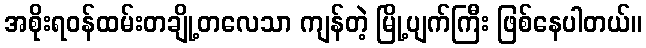
အစိုးရဝန်ထမ်းတချို့တလေသာ ကျန်တဲ့ မြို့ပျက်ကြီး ဖြစ်နေပါတယ်။